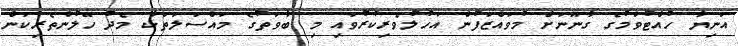
އަނިޔާ ހުއްޓުވުމުގެ ގާނޫނަށް މުވައްޒަފުން އަހުލުވެރިކުރުވައި މި ބާވަތުގެ މައްސަލަތަކާ މެދު ހޭލުންތެރިކަން